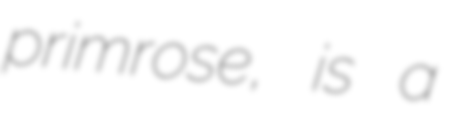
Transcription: primrose, is a